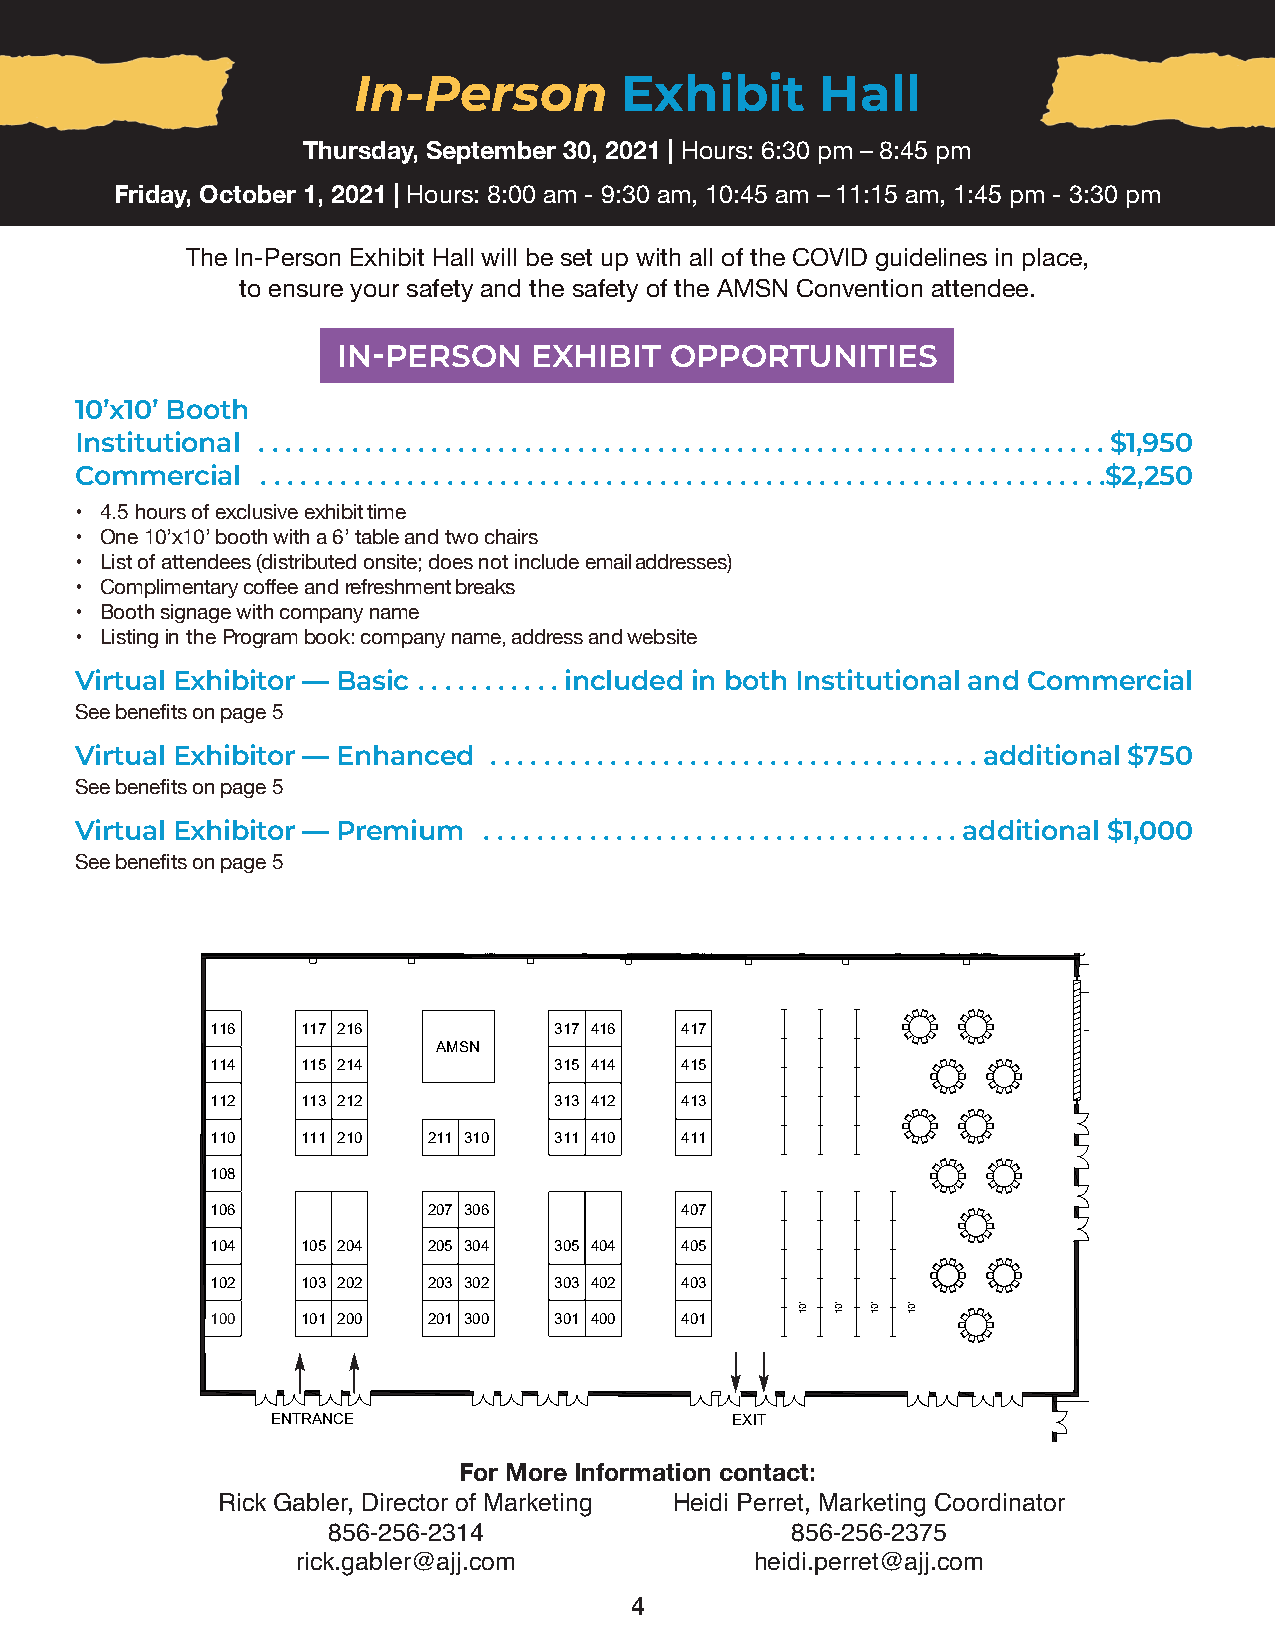
In-Person         Exhibit      Hall
 Thursday, September 30, 2021 | Hours: 6:30 pm – 8:45 pm
 Friday, October 1, 2021 | Hours: 8:00 am - 9:30 am, 10:45 am – 11:15 am, 1:45 pm - 3:30 pm
 The In-Person Exhibit Hall will be set up with all of the COVID guidelines in place,
 to ensure your safety and the safety of the AMSN Convention attendee.
 IN-PERSON    EXHIBIT  OPPORTUNITIES
 10’x10’ Booth
 Institutional . . . . . . . . . . . . . . . . . . . . . . . . . . . . . . . . . . . . . . . . . . . . . . . . . . . . . . . . . . . . . . . . $1,950
 Commercial  . . . . . . . . . . . . . . . . . . . . . . . . . . . . . . . . . . . . . . . . . . . . . . . . . . . . . . . . . . . . . . . .$2,250
 • 4.5 hours of exclusive exhibit time
 • One 10’x10’ booth with a 6’ table and two chairs
 • List of attendees (distributed onsite; does not include email addresses)
 • Complimentary coffee and refreshment breaks
 • Booth signage with company name
 • Listing in the Program book: company name, address and website
 Virtual Exhibitor — Basic . . . . . . . . . . . included in both Institutional and Commercial
 See benefits on page 5
 Virtual Exhibitor — Enhanced . . . . . . . . . . . . . . . . . . . . . . . . . . . . . . . . . . . . . additional $750
 See benefits on page 5
 Virtual Exhibitor — Premium . . . . . . . . . . . . . . . . . . . . . . . . . . . . . . . . . . . . additional $1,000
 See benefits on page 5
 116   117 216          317 416 417
 AMSN
 114   115 214          315 414 415
 112   113 212          313 412 413
 110   111 210 211 310  311 410 411
 108
 106           207 306          407
 104   105 204 205 304  305 404 405
 102   103 202 203 302  303 402 403
 100   101 200 201 300  301 400 401
 ENTRANCE                      EXIT
 For More Information contact:
 Rick Gabler, Director of Marketing Heidi Perret, Marketing Coordinator
 856-256-2314                  856-256-2375
 rick.gabler@ajj.com           heidi.perret@ajj.com
 4
 '01 '01 '01 '01